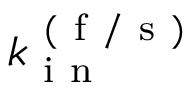
k _ { \mathrm { ~ i ~ n ~ } } ^ { \mathrm { ~ ( ~ f ~ / ~ s ~ ) ~ } }